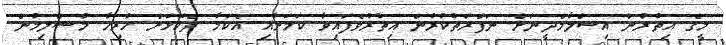
މީގެ އިތުރުން އިސްލާމްދީނަށް ނަފްރަތުކުރުން އިތުރުވެފައިވާ ކަމަށާއި އެކަމާ ދެކޮޅަށް ހުރިހާ މުސްލިމުން